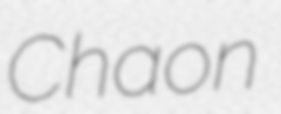
Chaon